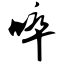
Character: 啐